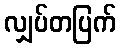
လျှပ်တပြက်